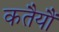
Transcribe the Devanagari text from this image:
कतैयौं